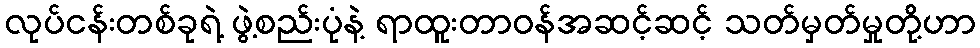
လုပ်ငန်းတစ်ခုရဲ့ ဖွဲ့စည်းပုံနဲ့ ရာထူးတာဝန်အဆင့်ဆင့် သတ်မှတ်မှုတို့ဟာ